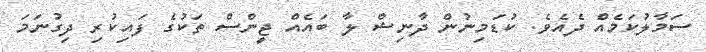
ސަމާލުކަމެއް ދެއެވެ. ކުޑަމިނުން ދާނިޝް ލާ ބައެއް ޖީންސް ތަކުގެ ފައިކުރި ދިގުނަމަ